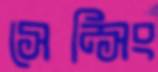
সেন্সিং